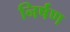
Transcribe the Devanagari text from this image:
निर्षण